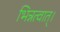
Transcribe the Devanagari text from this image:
भिन्नत्वात्।